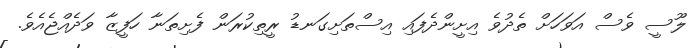
ލޫސީ ވެސް އަވަހަށް ތެދުވެ އިށީންދެފައި އިސްތަށިގަނޑު ރީތިކުރަން ފެށިތަނާ ހަފީޒާ ވަދެއްޖެއެވެ.